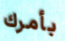
بأمرك